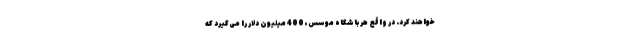
خواهند کرد. در واقع هر باشگاه موسس، 400 میلیون دلار را می‌گیرد که